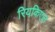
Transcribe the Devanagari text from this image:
रियकिएल